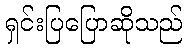
ရှင်းပြပြောဆိုသည်